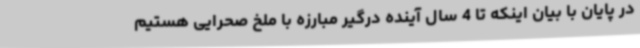
در پایان با بیان اینکه تا 4 سال آینده درگیر مبارزه با ملخ صحرایی هستیم